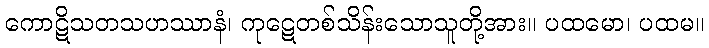
ကောဋိသတသဟဿာနံ၊ ကုဋေတစ်သိန်းသောသူတို့အား။ ပထမော၊ ပထမ။